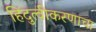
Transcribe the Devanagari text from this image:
हिंदुत्वीकरणाचा